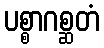
ပစ္စာဂစ္ဆတံ